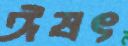
ঈষৎ